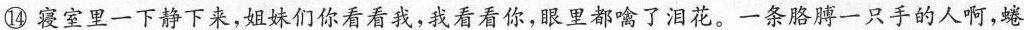
⑭寝室里一下静下来，姐妹们你看看我，我看看你，眼里都噙了泪花。一条胳膊一只手的人啊，蜷